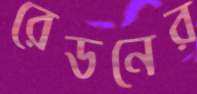
রেডনের